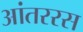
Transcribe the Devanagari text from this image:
आंतररस